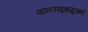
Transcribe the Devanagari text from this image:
वानरयूथमुख्यं